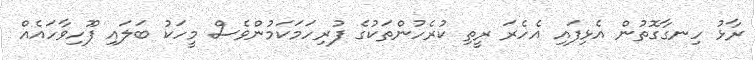
ރާޅު ހިނގާގޮތުން އެޅިފައި އެހެރަ ރީތި ކުރެހުންތަކުގެ ފުރިހަމަކަމުންވެސް މީހަކު ބަލައި ފޫހިވާހައެއް